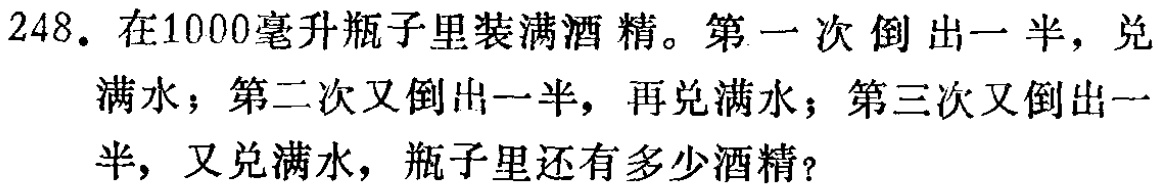
248. 在1000毫升瓶子里装满酒精。第一次倒出一半，兑满水；第二次又倒出一半，再兑满水；第三次又倒出一半，又兑满水，瓶子里还有多少酒精？